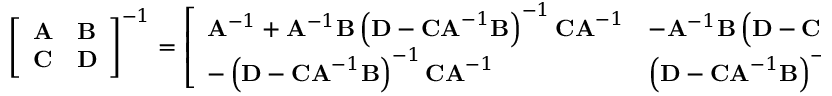
{ \left[ \begin{array} { l l } { \mathbf { A } } & { \mathbf { B } } \\ { \mathbf { C } } & { \mathbf { D } } \end{array} \right] } ^ { - 1 } = { \left[ \begin{array} { l l } { \mathbf { A } ^ { - 1 } + \mathbf { A } ^ { - 1 } \mathbf { B } \left( \mathbf { D } - \mathbf { C A } ^ { - 1 } \mathbf { B } \right) ^ { - 1 } \mathbf { C A } ^ { - 1 } } & { - \mathbf { A } ^ { - 1 } \mathbf { B } \left( \mathbf { D } - \mathbf { C A } ^ { - 1 } \mathbf { B } \right) ^ { - 1 } } \\ { - \left( \mathbf { D } - \mathbf { C A } ^ { - 1 } \mathbf { B } \right) ^ { - 1 } \mathbf { C A } ^ { - 1 } } & { \left( \mathbf { D } - \mathbf { C A } ^ { - 1 } \mathbf { B } \right) ^ { - 1 } } \end{array} \right] } ,